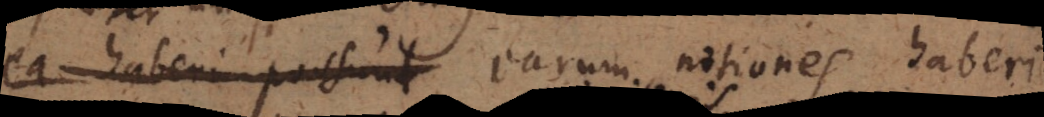
ea haberi possunt earum notiones haberi